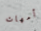
أمهات